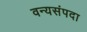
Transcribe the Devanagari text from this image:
वन्यसंपदा